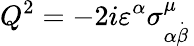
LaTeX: Q^{2}=-2i\varepsilon^{\alpha}\sigma_{\alpha\stackrel{.}{\beta}}^{\mu}\,